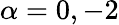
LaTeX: \alpha=0,-2